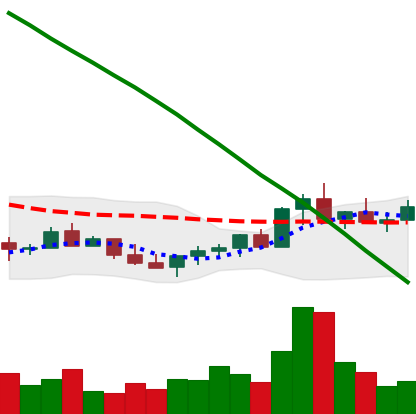
Ticker: LINK-USD
Chart end date: 2022-07-24
Forward return: 11.343%
Label: up_7plus